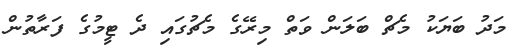
މަދު ބަޔަކު މެޗް ބަލަން ވަތް މިރޭގެ މެޗުގައި ދެ ޓީމުގެ ފަރާތުން